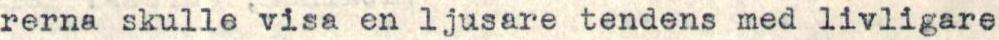
rerna skulle visa en ljusare tendens med livligare